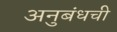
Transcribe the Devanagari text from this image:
अनुबंधची